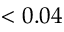
< 0 . 0 4